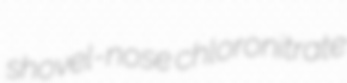
shovel-nose chloronitrate